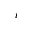
_ { i }